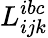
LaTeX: L_{ijk}^{ibc}